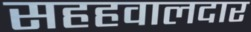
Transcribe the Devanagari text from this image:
सहहवालदार